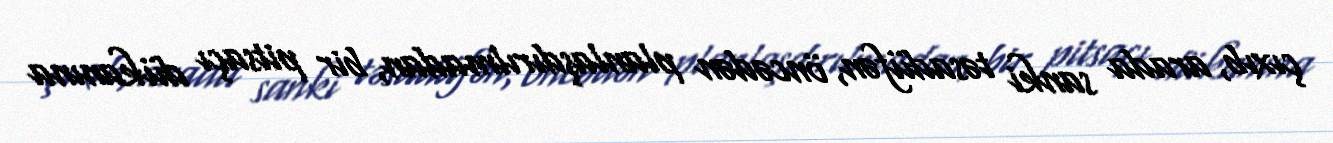
çıxıb, arada sanki təsadüfən, öncədən planlaşdırılmadan, bir pitsaçı dükanına